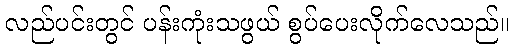
လည်ပင်းတွင် ပန်းကုံးသဖွယ် စွပ်ပေးလိုက်လေသည်။